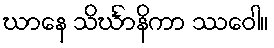
ဃာနေ သိင်္ဃာနိကာ ဿဝေါ။